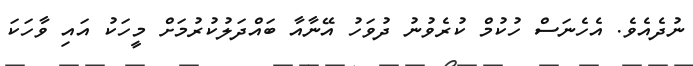
ނުދެއެވެ. އެހެނަސް ހުކުމް ކުރެވުނު ދުވަހު އޭނާއާ ބައްދަލުކުރުމަށް މީހަކު އައި ވާހަކަ